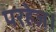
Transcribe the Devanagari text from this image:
परहेज।